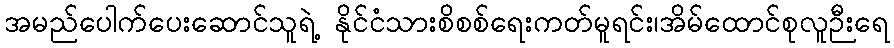
အမည်ပေါက်ပေးဆောင်သူရဲ့ နိုင်ငံသားစိစစ်ရေးကတ်မူရင်း၊အိမ်ထောင်စုလူဉီးရေ